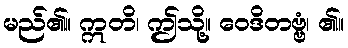
မည်၏။ ဣတိ၊ ဤသို့။ ဝေဒိတဗ္ဗံ၊ ၏။